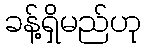
ခန့်ရှိမည်ဟု